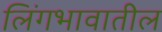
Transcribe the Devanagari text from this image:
लिंगभावातील